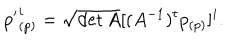
{ p ^ { \prime } } _ { ( p ) } ^ { i } = \sqrt { \det A } [ ( A ^ { - 1 } ) ^ { t } p _ { ( p ) } ] ^ { i } .